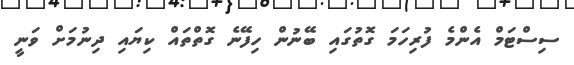
ސިސްޓަމް އެންމެ ފުރިހަމަ ގޮތުގައި ބޭނުން ހިފޭނެ ގޮތްތައް ކިޔައި ދިނުމަށް ވަނީ